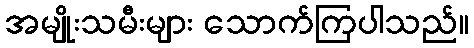
အမျိုးသမီးများ သောက်ကြပါသည်။